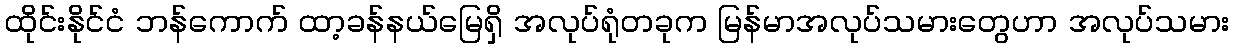
ထိုင်းနိုင်ငံ ဘန်ကောက် ထာ့ခန်နယ်မြေရှိ အလုပ်ရုံတခုက မြန်မာအလုပ်သမားတွေဟာ အလုပ်သမား